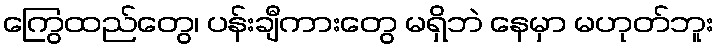
ကြွေထည်တွေ၊ ပန်းချီကားတွေ မရှိဘဲ နေမှာ မဟုတ်ဘူး